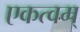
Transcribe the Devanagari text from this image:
एकत्वम्